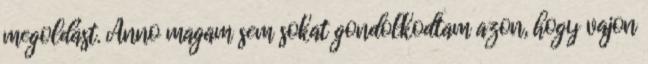
megoldást. Anno magam sem sokat gondolkodtam azon, hogy vajon